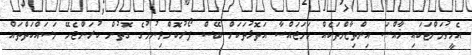
އެހީވުމަށްޓަކައި ޚާއްޞަ އިންތިޒާމްތަކެއް ހަމަޖައްސާ އަތޮޅުތަކަށް ބޭސް ފޯރުކޮށްދިނުމުގެ ގޮތުން ކުރަންޖެހޭ މަސައްކަތްތައް